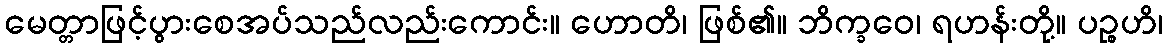
မေတ္တာဖြင့်ပွားစေအပ်သည်လည်းကောင်း။ ဟောတိ၊ ဖြစ်၏။ ဘိက္ခဝေ၊ ရဟန်းတို့။ ပဉ္စဟိ၊